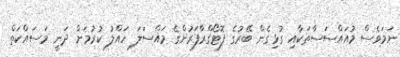
ނަމަވެސް މުއައްސަސާތަކާއި ގުޅިގެން ބޭރުގެ ފޮޓޯގްރާފަރުންގެ މައްސަލަ ހައްލު ކުރުމަށް ދަނީ މަސައްކަތް